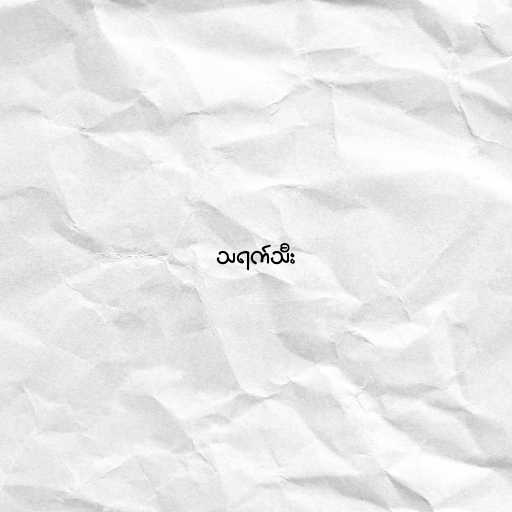
သရက်သီး